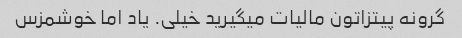
گرونه پیتزاتون مالیات میگیرید خیلی. یاد اما خوشمزس